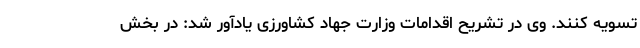
تسویه کنند. وی در تشریح اقدامات وزارت جهاد کشاورزی یادآور شد: در بخش